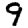
Digit: 9